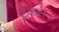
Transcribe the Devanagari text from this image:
ट्रैकस